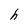
Character: h